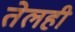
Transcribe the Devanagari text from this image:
तेलही